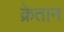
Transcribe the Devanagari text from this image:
क्रेतान